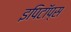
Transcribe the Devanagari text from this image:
इपिटॉप्स